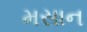
મસાન